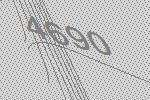
4690